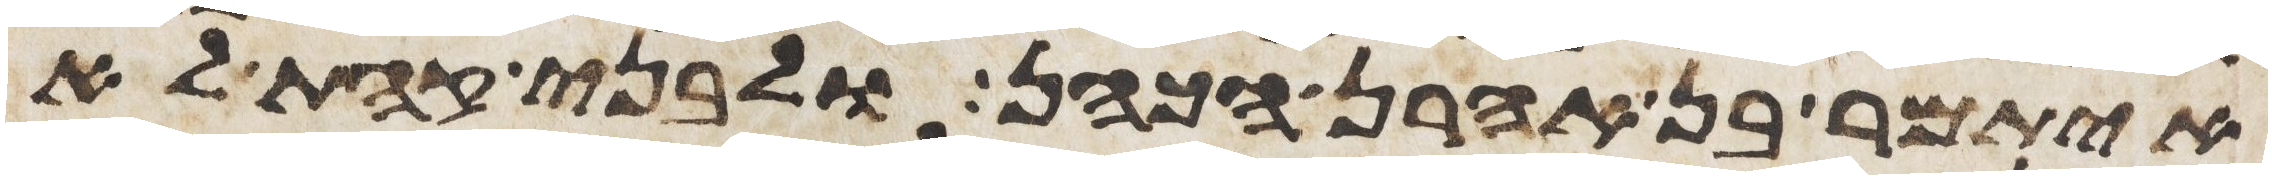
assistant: איתמר בן אהרן הכהן ולבני קהת לא